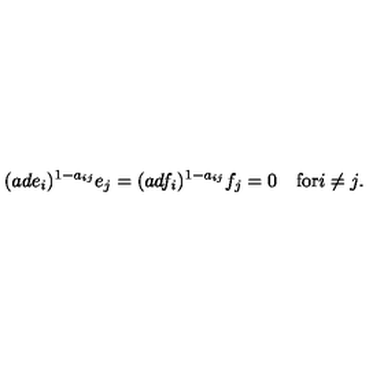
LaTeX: ( a d e _ { i } ) ^ { 1 - a _ { i j } } e _ { j } = ( a d f _ { i } ) ^ { 1 - a _ { i j } } f _ { j } = 0 \quad \mathrm { f o r } i \neq j .